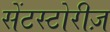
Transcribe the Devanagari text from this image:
सेंटस्टोरीज़